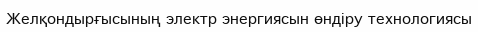
Желқондырғысының электр энергиясын өндіру технологиясы